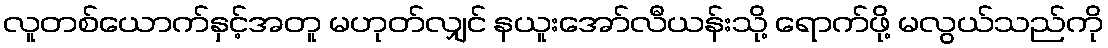
လူတစ်ယောက်နှင့်အတူ မဟုတ်လျှင် နယူးအော်လီယန်းသို့ ရောက်ဖို့ မလွယ်သည်ကို